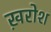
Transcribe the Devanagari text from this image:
ख़रोश